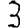
Digit: 3